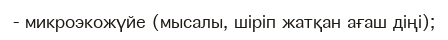
- микроэкожүйе (мысалы, шіріп жатқан ағаш діңі);